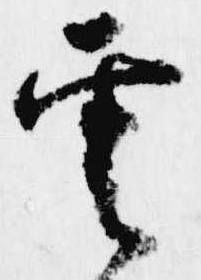
雲